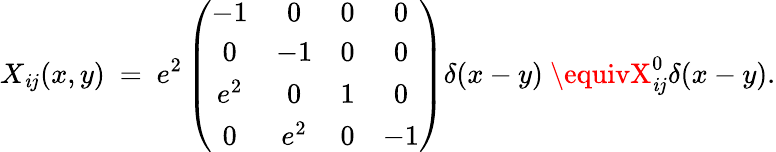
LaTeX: X_{\mathit{i}j}(x,y)~=~e^{2}\left(\begin{array}{cccc}{{-1}}&{{0}}&{{0}}&{{0}}\\ {{0}}&{{-1}}&{{0}}&{{0}}\\ {{e^{2}}}&{{0}}&{{1}}&{{0}}\\ {{0}}&{{e^{2}}}&{{0}}&{{-1}}\end{array}\right)\delta(x-y)~\equivX_{\mathit{i}j}^{0}\delta(x-y).